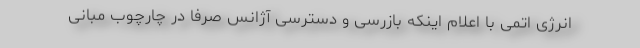
انرژی اتمی با اعلام اینکه بازرسی و دسترسی آژانس صرفاً در چارچوب مبانی